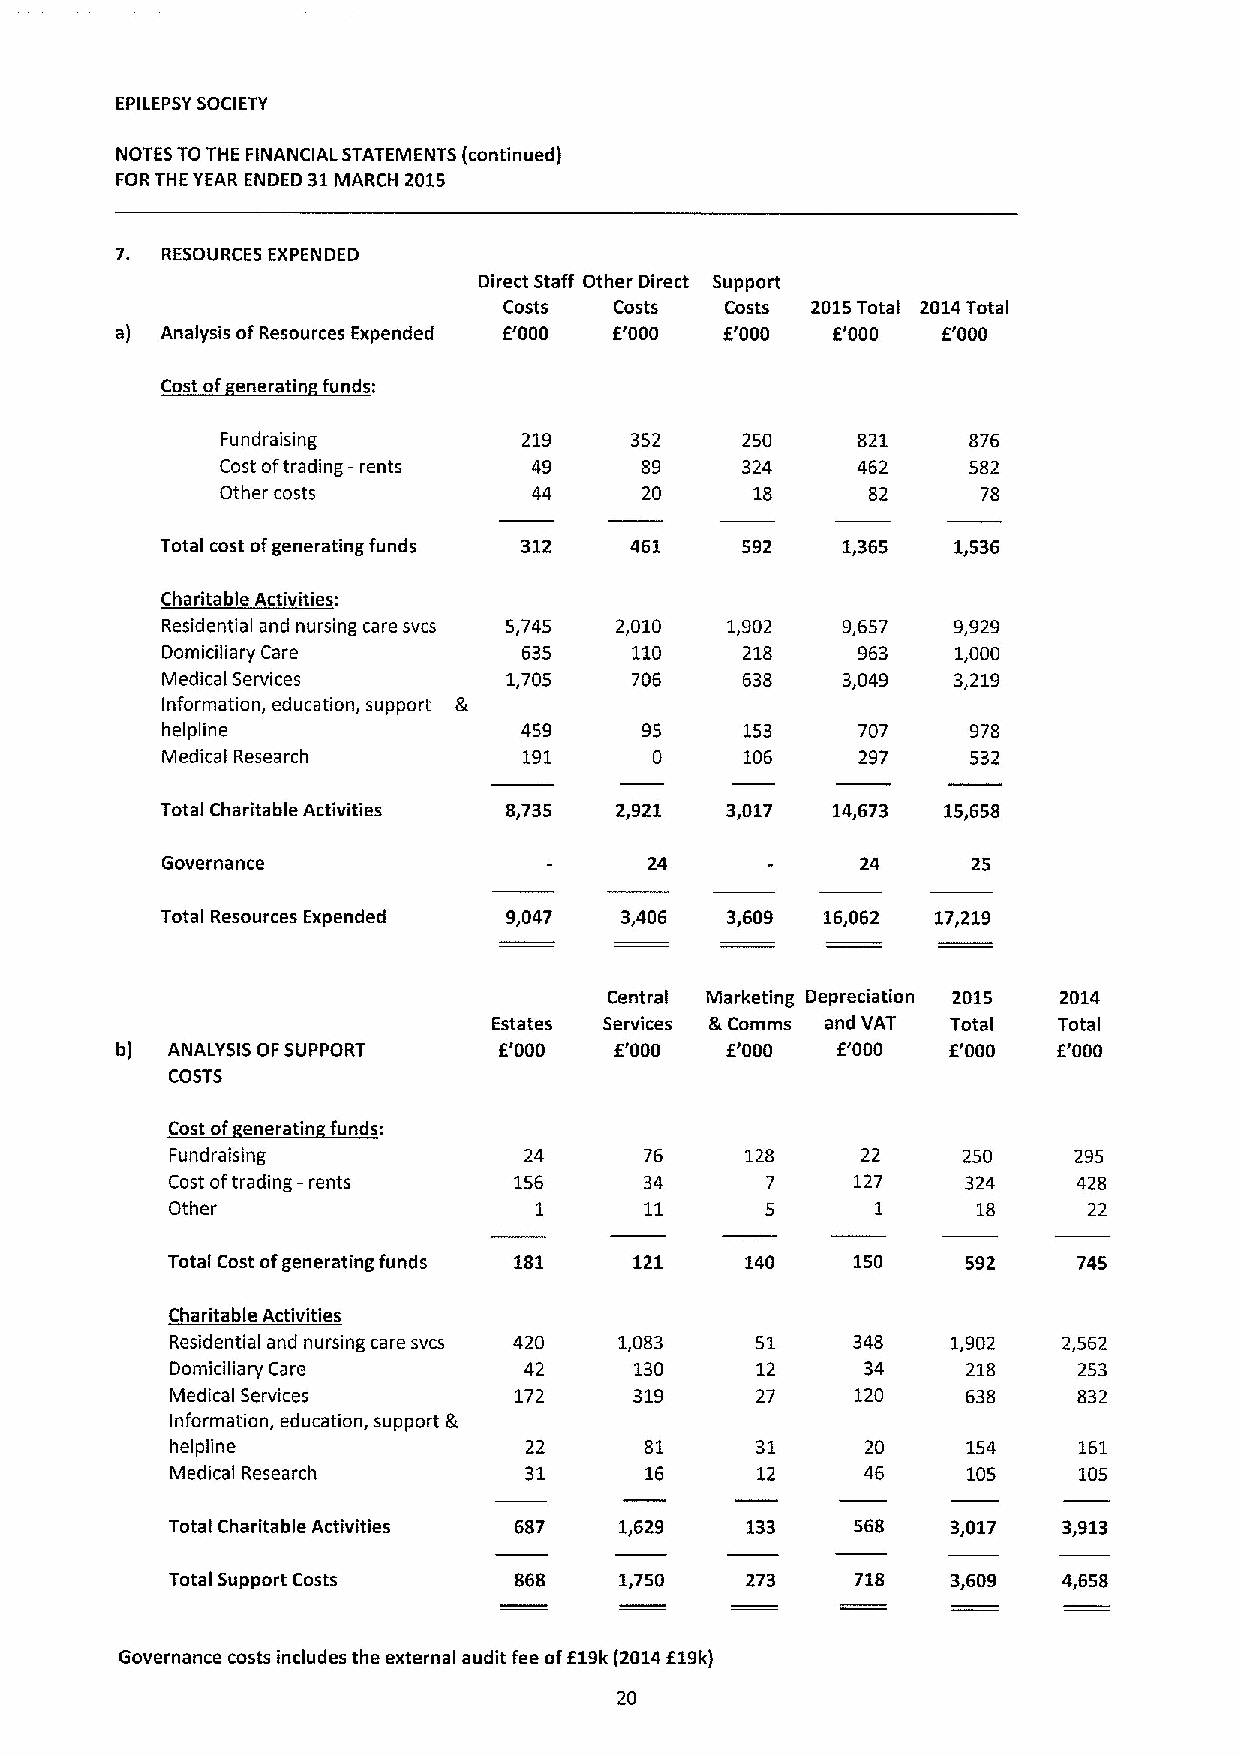
EPILEPSYSOCIETY
 NOTES TOTHE FINANCIAL STATEMENTS (continued)
 FORTHE YEAR ENDED 31 MARCH 2015
 7. RESOURCES EXPENDED
 Direct Staff Other Direct Support
 Costs   Costs  Costs 2015Total 2014Total
 a) Analysis ofResources Expended E'000 E'000 E'000 E'000 f'000
 Cost of eneratin funds:
 Fundraising         219    352    250     821    876
 Cost oftrading —rents 49   89     324     462    582
 Other costs         44      20     18      82     78
 Total cost ofgenerating funds 312 461 592    1,365  1,536
 Charitable Activities:
 Residential and nursing care svcs 5,745 2,010 1,902 9,657 9,929
 Domiciliary Care        635    110    218     963   1,000
 Medical Services       1,705   706    638    3,049  3,219
 Information, education, support Ik
 helpline                459     95    153     707    978
 Medical Research        191     0     106     297    532
 Total Charitable Activities 8,735 2,921 3,017 14,673 15,658
 Governance                      24            24     25
 Total Resources Expended 9,047 3,406 3,609  16,062 17,219
 Central Marketing Depreciation 2015 2014
 Estates Services &Comms and VAT Total Total
 I3) ANALYSIS OFSUPPORT   E'000   E'000  E.'000 E'000   f'000  E'000
 COSTS
 Cost of eneratin funds:
 Fundraising             24      76    128     22     250    295
 Cost oftrading —rents  156      34      7     127    324    428
 Other                   1       11      5      1      18     22
 Total Cost ofgenerating funds 181 121 140     150    592    745
 Charitable Activities
 Residential and nursing care svcs 420 1,083 51 348  1,902  2,562
 Domiciliary Care        42     130     12     34     218    253
 Medical Services       172     319     27     120    638    832
 Information, education, support gr
 helpline                22      81     31     20     154    161
 Medical Research        31      16     12     46     105    105
 Total Charitable Activities 687 1,629 133     568   3,017  3,913
 Total Support Costs    868    1,750   273     718   3,609  4,658
 Governance costs includes the external audit fee off 19k(2014f19k)
 20